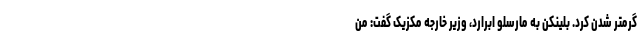
گرمتر شدن کرد. بلینکن به مارسلو ابرارد، وزیر خارجه مکزیک گفت: من